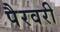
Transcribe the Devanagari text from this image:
पैरवरी